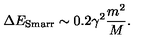
\Delta E _ { \mathrm { S m a r r } } \sim 0 . 2 \gamma ^ { 2 } \frac { m ^ { 2 } } { M } .